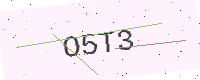
Text: O5T3